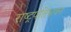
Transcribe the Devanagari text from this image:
राष्ट्रपतिभवन